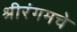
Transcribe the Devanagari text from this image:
श्रीरंगमचे